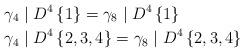
LaTeX: \begin{align*}\gamma_{4} & \mid D^{4}\left\{ 1\right\} =\gamma_{8}\mid D^{4}\left\{1\right\} \\\gamma_{4} & \mid D^{4}\left\{ 2,3,4\right\} =\gamma_{8}\mid D^{4}\left\{2,3,4\right\} \end{align*}